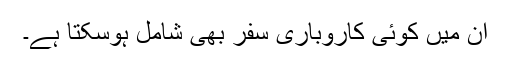
ان میں کوئی کاروباری سفر بھی شامل ہوسکتا ہے۔